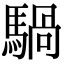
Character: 騧